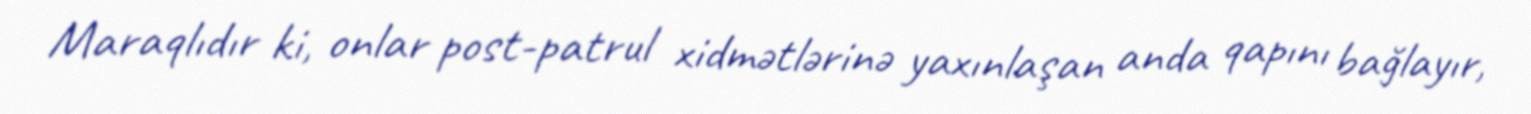
Maraqlıdır ki, onlar post-patrul xidmətlərinə yaxınlaşan anda qapını bağlayır,